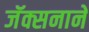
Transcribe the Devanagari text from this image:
जॅक्सनाने